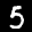
Label: 5